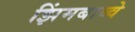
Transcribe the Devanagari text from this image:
झिंमबाब्वे